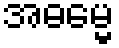
အဓမ္မေ